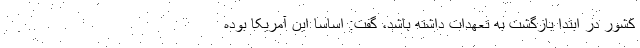
کشور در ابتدا بازگشت به تعهدات داشته باشد، گفت: اساسا این آمریکا بوده